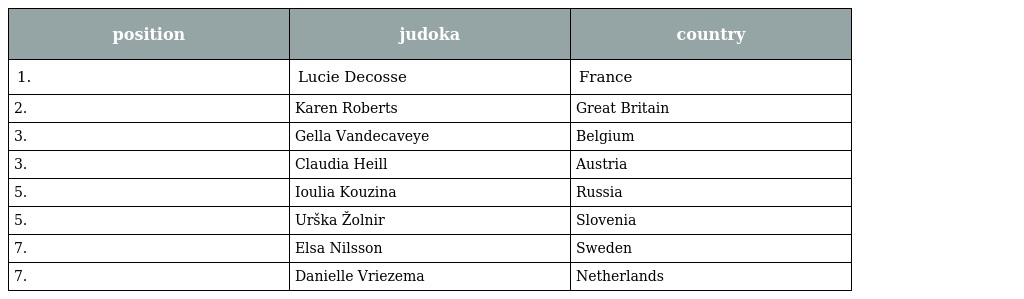
| position | judoka | country |
 | --- | --- | --- |
 | 1. | Lucie Decosse | France |
 | 2. | Karen Roberts | Great Britain |
 | 3. | Gella Vandecaveye | Belgium |
 | 3. | Claudia Heill | Austria |
 | 5. | Ioulia Kouzina | Russia |
 | 5. | Urška Žolnir | Slovenia |
 | 7. | Elsa Nilsson | Sweden |
 | 7. | Danielle Vriezema | Netherlands |